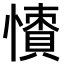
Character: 𢢻